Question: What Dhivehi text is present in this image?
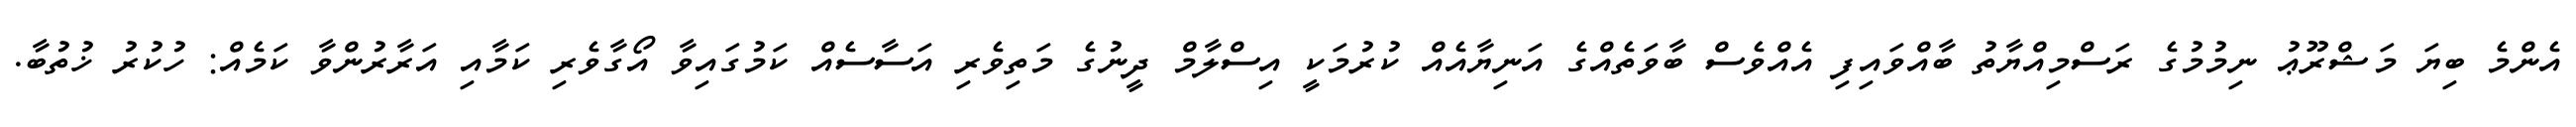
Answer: އެންމެ ބިޔަ މަޝްރޫޢު ނިމުމުގެ ރަސްމިއްޔާތު ބާއްވައިފި އެއްވެސް ބާވަތެއްގެ އަނިޔާއެއް ކުރުމަކީ އިސްލާމް ދީނުގެ މަތިވެރި އަސާސެއް ކަމުގައިވާ އޯގާވެރި ކަމާއި އަރާރުންވާ ކަމެއް: ހުކުރު ޚުތުބާ.